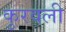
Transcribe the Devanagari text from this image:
कुरवली